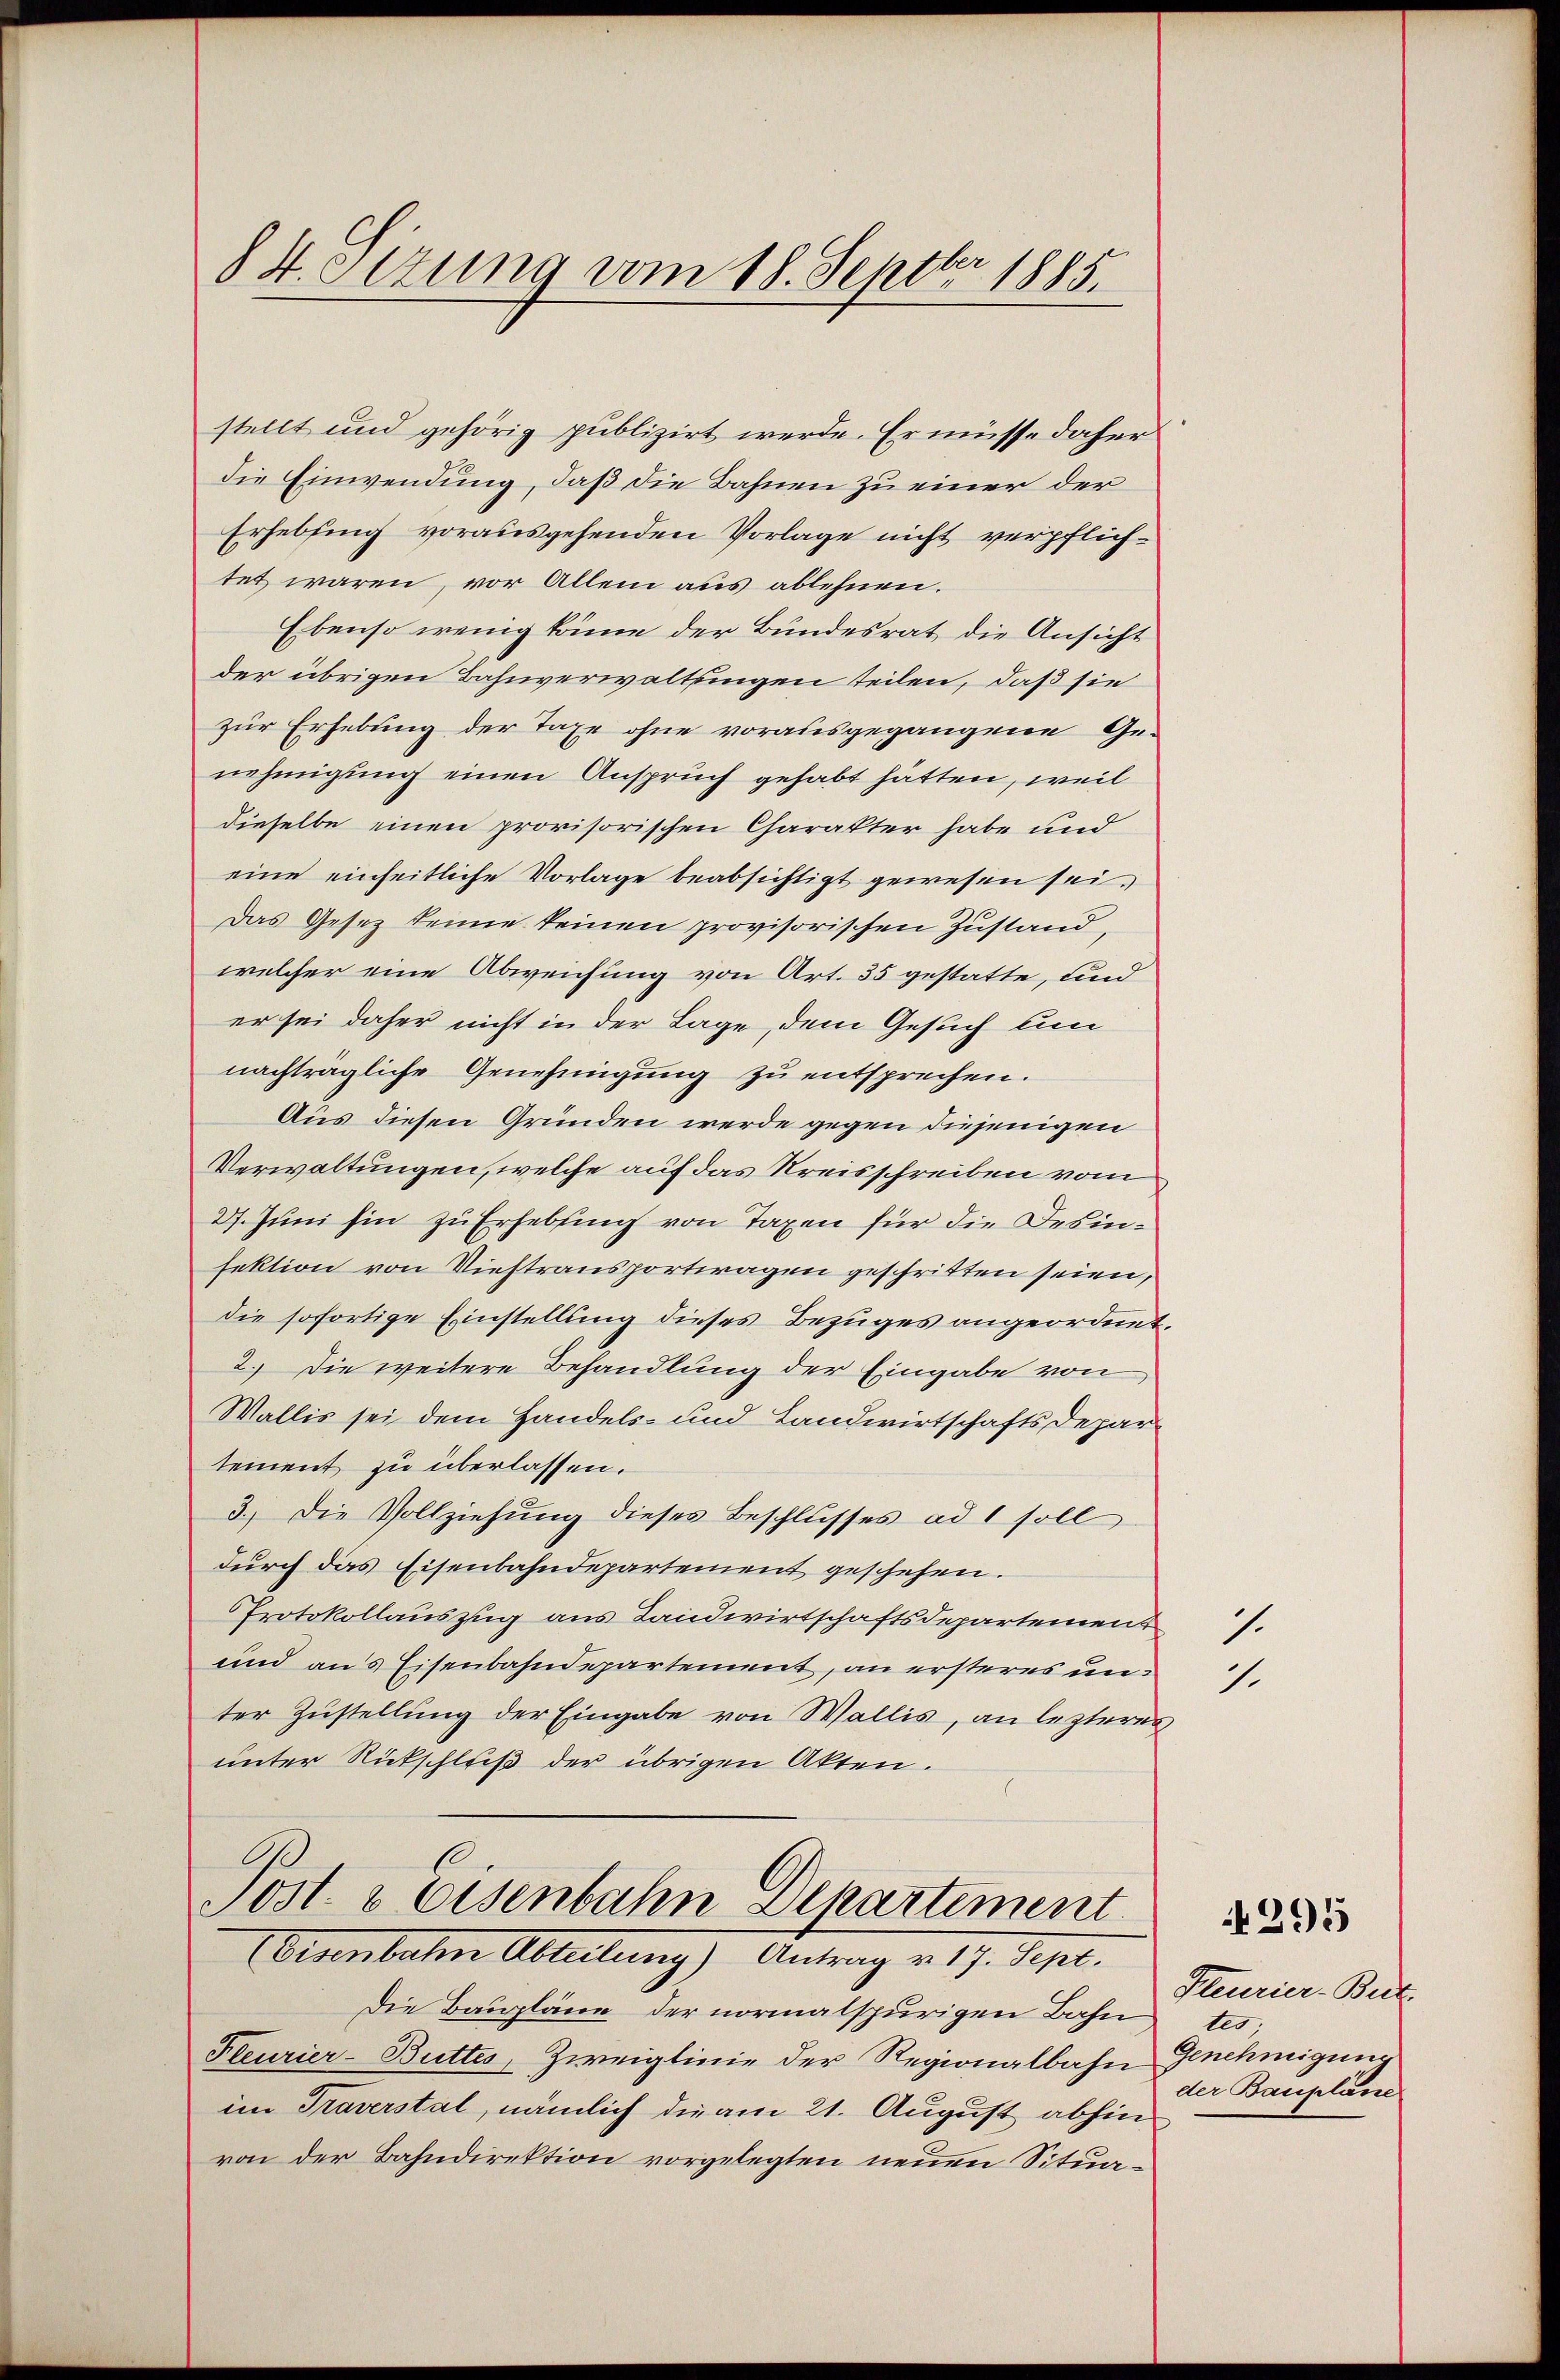
84 etzung vom 18. Septbr 1885.

stellt und gehörig publizirt werde. Er müsse daher
die Einwendung, daß die Bahnen zu einer der
Erhebung vorausgehenden Vorlage nicht verpflichtet waren, vor Allem aus ablehnen.
Ebenso wenig könne der Bundesrat die Ansicht
der übrigen Bahnverwaltungen teilen, daß sie
zur Erhebung der Taxe ohne vorausgegangene Ge-
nehmigung einen Anspruch gehabt hätten, weil
dieselbe einen provisorischen Charakter habe und
eine einheitliche Vorlage beabsichtigt gewesen sei.
Das Gesetz keine keinen provisorischen Zustand,
welcher eine Abweichung von Art. 35 gestatte, und
er sei daher nicht in der Lage, dem Gesuch um
nachträgliche Genehmigung zu entsprechen.
Aus diesen Gründen werde gegen diejenigen
Verwaltungen, welche auf das Kreisschreiben vom
27. Juni hin zu Erhebung von Taxen für die Desinfektion von Viestransportragen geschritten seien,
die sofortige Einstellung dieses Bezuges angeordnet.
2.) Die weitere Behandlung der Eingabe von
Wallis sei dem Handels- und Landwirtschafts Depar
tement zu überlassen.
3.) Die Vollziehung dieses Beschlusses ad 1 soll
durch das Eisenbahndepartement geschehen.
Protokollauszug aus Landwirtschaftsdepartement
und aus Eisenbahndepartement, an ersteres unter Zustellung der Eingabe von Wallis, an lezteres
unter Rückschluß der übrigen Akten.
Post- & Eisenbahn Departement
Disenbahn Abteilung) Antrag v. 17. Sept.
Die Baupläne der normalspurigen Bahn
Feurier-Buttes, Zweiglinie der Regionalbahn Genehmigung
im Traverstal, nämlich die am 21. August abhin
von der Bahndirektion vorgelegten neuen Situa¬

7.

1.

295

Iteurier-But-
ter.
der Bauplane